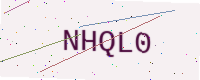
Text: NHQL0